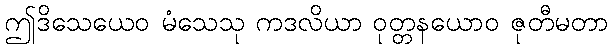
ဤဒိသေယေဝ မံသေသု ကဒလိယာ ဝုတ္တနယောဝ ဇုတီမတာ